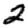
Digit: 2